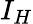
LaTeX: I_{H}